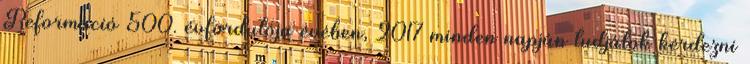
Reformáció 500. évfordulója évében, 2017 minden napján tudjátok kérdezni